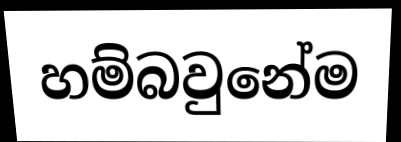
හම්බවුනේම